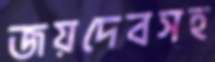
জয়দেবসহ